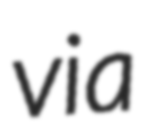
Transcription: via